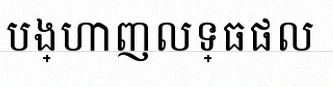
បង្ហាញលទ្ធផល